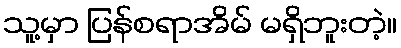
သူ့မှာ ပြန်စရာအိမ် မရှိဘူးတဲ့။